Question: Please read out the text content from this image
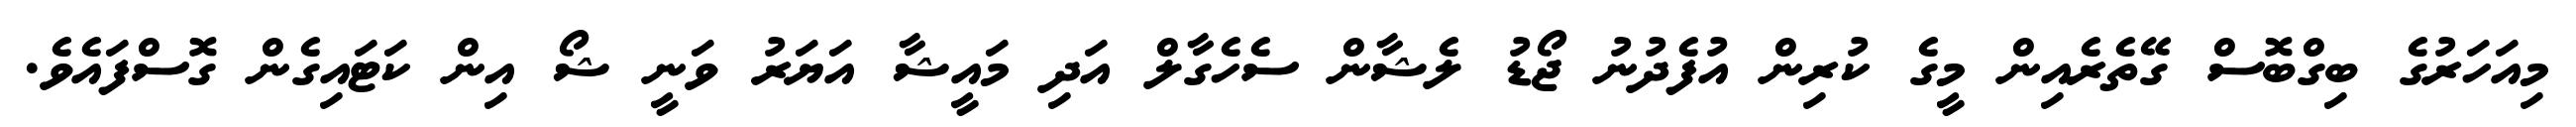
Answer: މިއަހަރުގެ ބިގްބޮސް ގޭތެރެއިން މީގެ ކުރިން އުފެދުނު ޖޯޑު ލެޝާން ސެހެގާލް އަދި މައީޝާ އަޔަރު ވަނީ ޝޯ އިން ކަޓައިގެން ގޮސްފައެވެ.